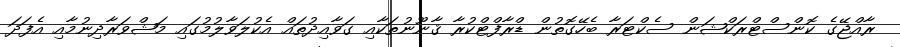
ރާއްޖޭގެ ކޮންސްޓްރަކްޝަން ސެކްޓަރާ ބެހޭގޮތުން ޑްރާފްޓްކުރާ ޤާނޫނުތަކާއި ގަވާއިދުތައް އެކުލަވާލުމުގައި މަޝްވަރާދިނުމާއި އެފަދަ